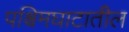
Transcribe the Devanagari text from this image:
पश्चिमघाटातील